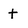
Character: t